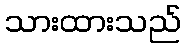
သားထားသည်